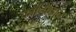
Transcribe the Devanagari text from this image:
कॉन्फ़िडान्ट